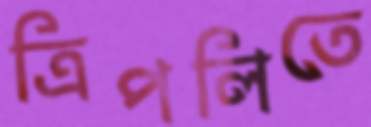
ত্রিপলিতে